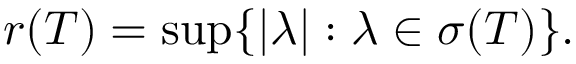
r ( T ) = \operatorname* { s u p } \{ | \lambda | : \lambda \in \sigma ( T ) \} .